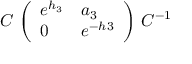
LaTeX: { \cal C } \, \left( \begin{array} { l l } { { e ^ { h _ { 3 } } } } & { { a _ { 3 } } } \\ { { 0 } } & { { e ^ { - h 3 } } } \end{array} \right) \, { \cal C } ^ { - 1 }